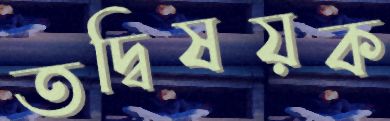
তদ্বিষয়ক